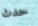
حدث